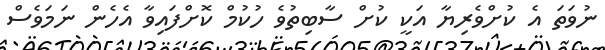
ނުވަތަ އެ ކުށްވެރިޔާ އަކީ ކުށް ސާބިތުވެ ހުކުމް ކޮށްފައިވާ އެހެން ނަމަވެސް